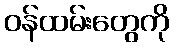
ဝန်ထမ်းတွေကို